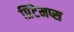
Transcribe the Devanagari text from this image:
प्रिंटेमप्स